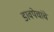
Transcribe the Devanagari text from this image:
डावपेचांचे